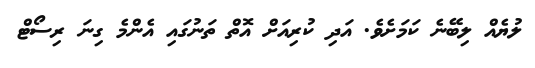
ލުޔެއް ލިބޭނެ ކަމަށެވެ. އަދި ކުރިއަށް އޮތް ތަނުގައި އެންމެ ގިނަ ރިސޯޓް